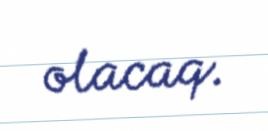
olacaq.